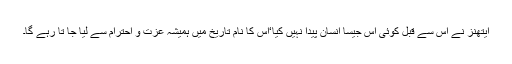
ایتھنز نے اس سے قبل کوئی اس جیسا انسان پیدا نہیں کیا‘اس کا نام تاریخ میں ہمیشہ عزت و احترام سے لیا جا تا رہے گا۔